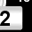
Digit: 2